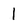
Character: 1